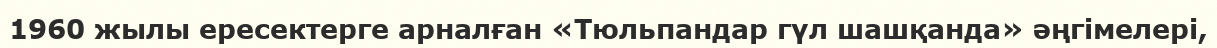
1960 жылы ересектерге арналған «Тюльпандар гүл шашқанда» әңгімелері,